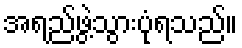
အရည်ဖွဲ့သွားပုံရသည်။